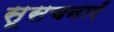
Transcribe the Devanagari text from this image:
सूसचनाएँ